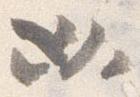
必